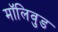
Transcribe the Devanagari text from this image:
मॉलिवुड